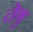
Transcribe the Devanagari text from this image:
तेषु